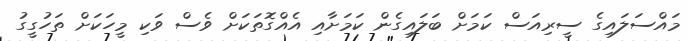
މައްސަލައިގެ ސީރިއަސް ކަމަށް ބަލައިގެން ކަމަށާއި އެއްގޮތަކަށް ވެސް ވަކި މީހަކަށް ތަހުގީގު